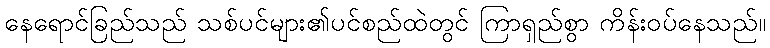
နေရောင်ခြည်သည် သစ်ပင်များ၏ပင်စည်ထဲတွင် ကြာရှည်စွာ ကိန်းဝပ်နေသည်။